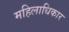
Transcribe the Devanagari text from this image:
महिलाधिकार